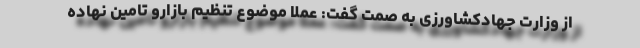
از وزارت جهادکشاورزی به صمت گفت: عملا موضوع تنظیم بازارو تامین نهاده